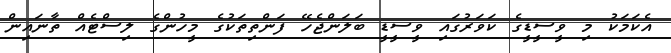
އެކަމަކު މި ވީސީޑީގެ ކަވަރުގައި ވީސީޑީ ބަލަންޖެހޭ ފަންތިތަކުގެ މީހުންގެ ލިސްޓެއް ތާނައިން